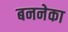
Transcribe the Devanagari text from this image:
बननेका